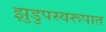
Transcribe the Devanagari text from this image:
झुडुपस्वरूपात